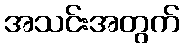
အသင်းအတွက်